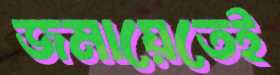
জমায়েতেই